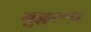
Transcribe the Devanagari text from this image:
बुद्धरूप